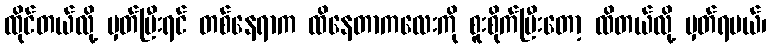
ထိုင်တယ်လို့ မှတ်ပြီးရင် တစ်နေရာက ထိနေတာကလေးကို စူးစိုက်ပြီးတော့ ထိတယ်လို့ မှတ်ရမယ်၊